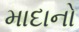
માદાનો